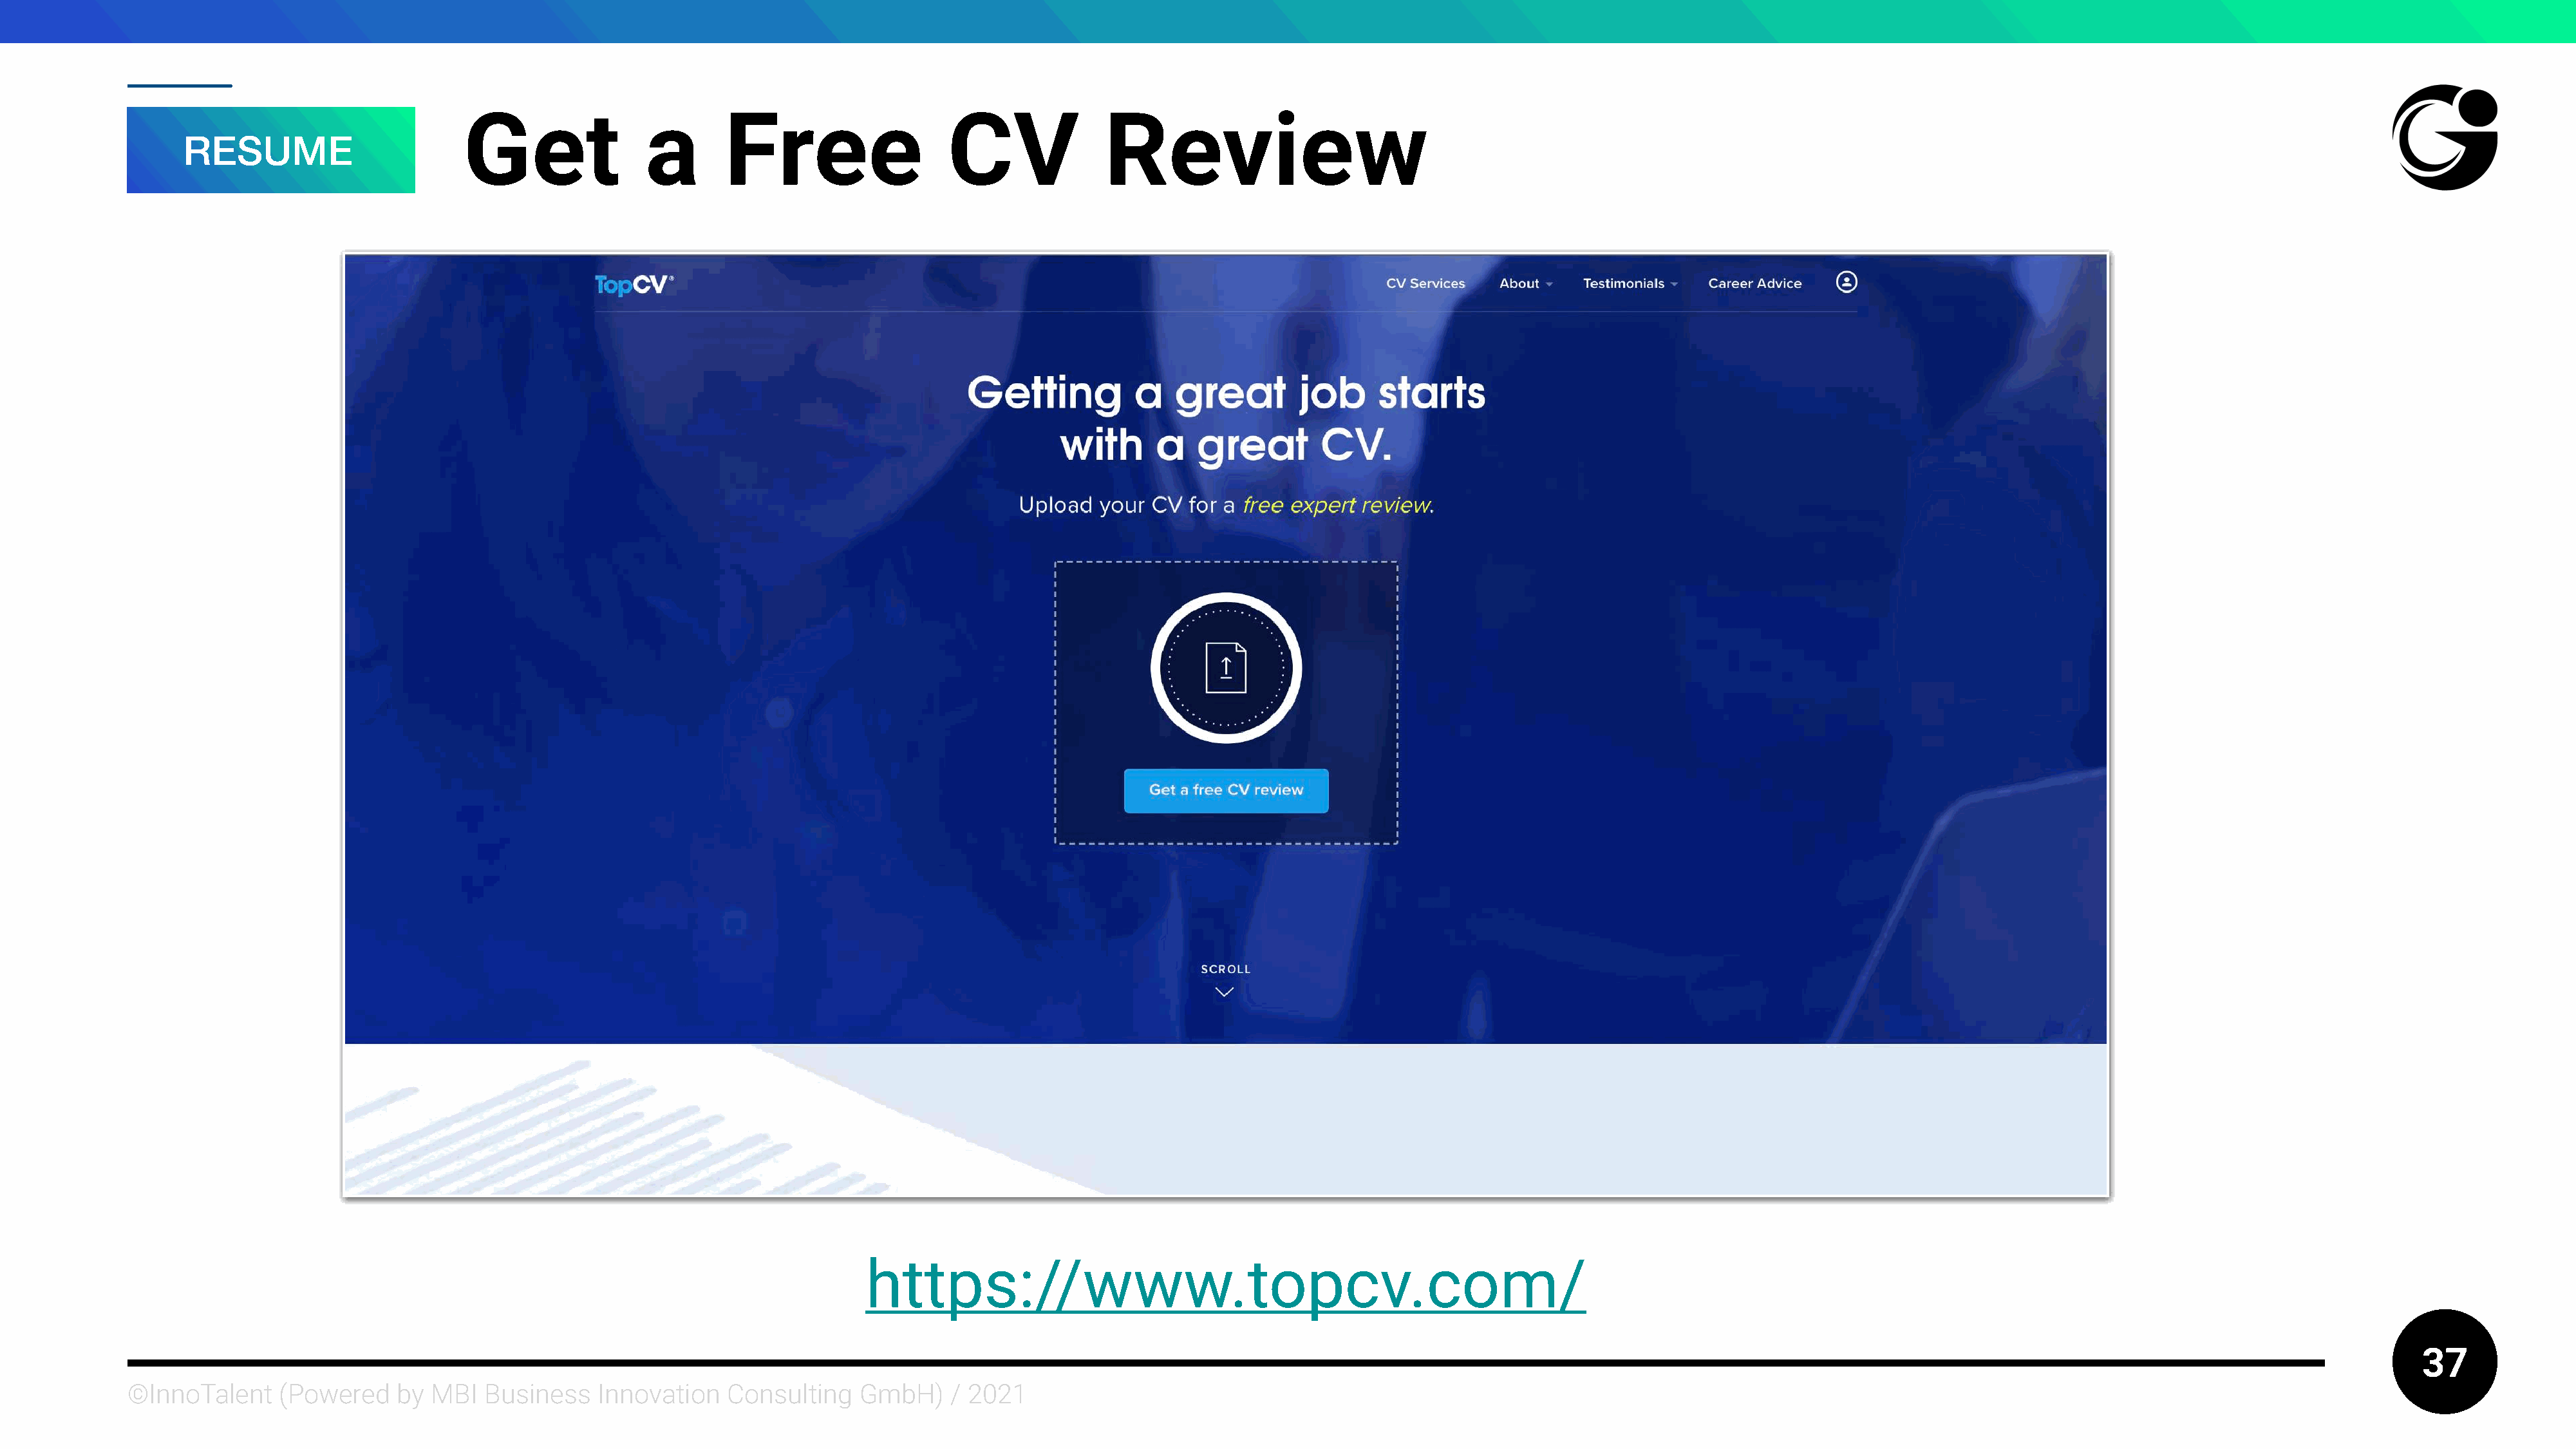
Get               a       Free                   CV               Review
 RESUME
 https://www.topcv.com/
 37
 ©InnoTalent     (Powered    by MBI   Business   Innovation    Consulting   GmbH)     / 2021